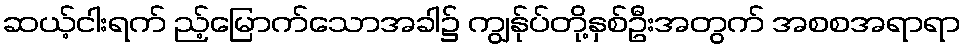
ဆယ့်ငါးရက် ည့်မြောက်သောအခါ၌ ကျွန်ုပ်တို့နှစ်ဦးအတွက် အစစအရာရာ